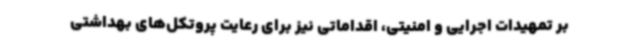
بر تمهیدات اجرایی و امنیتی، اقداماتی نیز برای رعایت پروتکل‌های بهداشتی